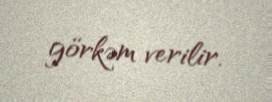
görkəm verilir.